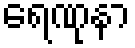
ရေဏုနာ